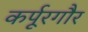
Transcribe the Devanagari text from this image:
कर्पूरगौर